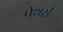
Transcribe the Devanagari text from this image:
पेंथर्स